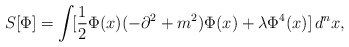
\begin{align*}S[\Phi]=\int\![\frac{1}{2}\Phi(x)(-\partial^2+m^2)\Phi(x)+\lambda\Phi^{4}(x)]\,d^{n}x,\end{align*}